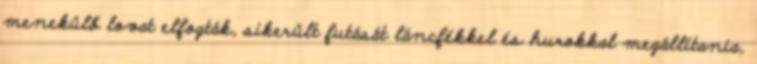
menekülő lovat elfogták, sikerült futását láncfékkel és hurokkal megállítania,